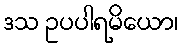
ဒသ ဥပပါရမိယော၊